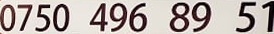
0750 496 89 51